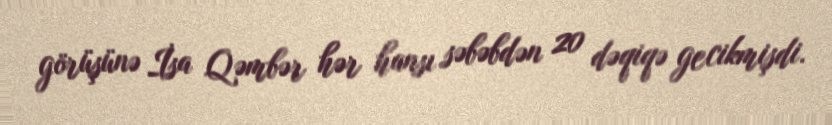
görüşünə İsa Qəmbər hər hansı səbəbdən 20 dəqiqə gecikmişdi.